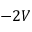
- 2 V